65_HS1-834228961_62-HQ-83894_Section_4
Agency: FBI
Page 209
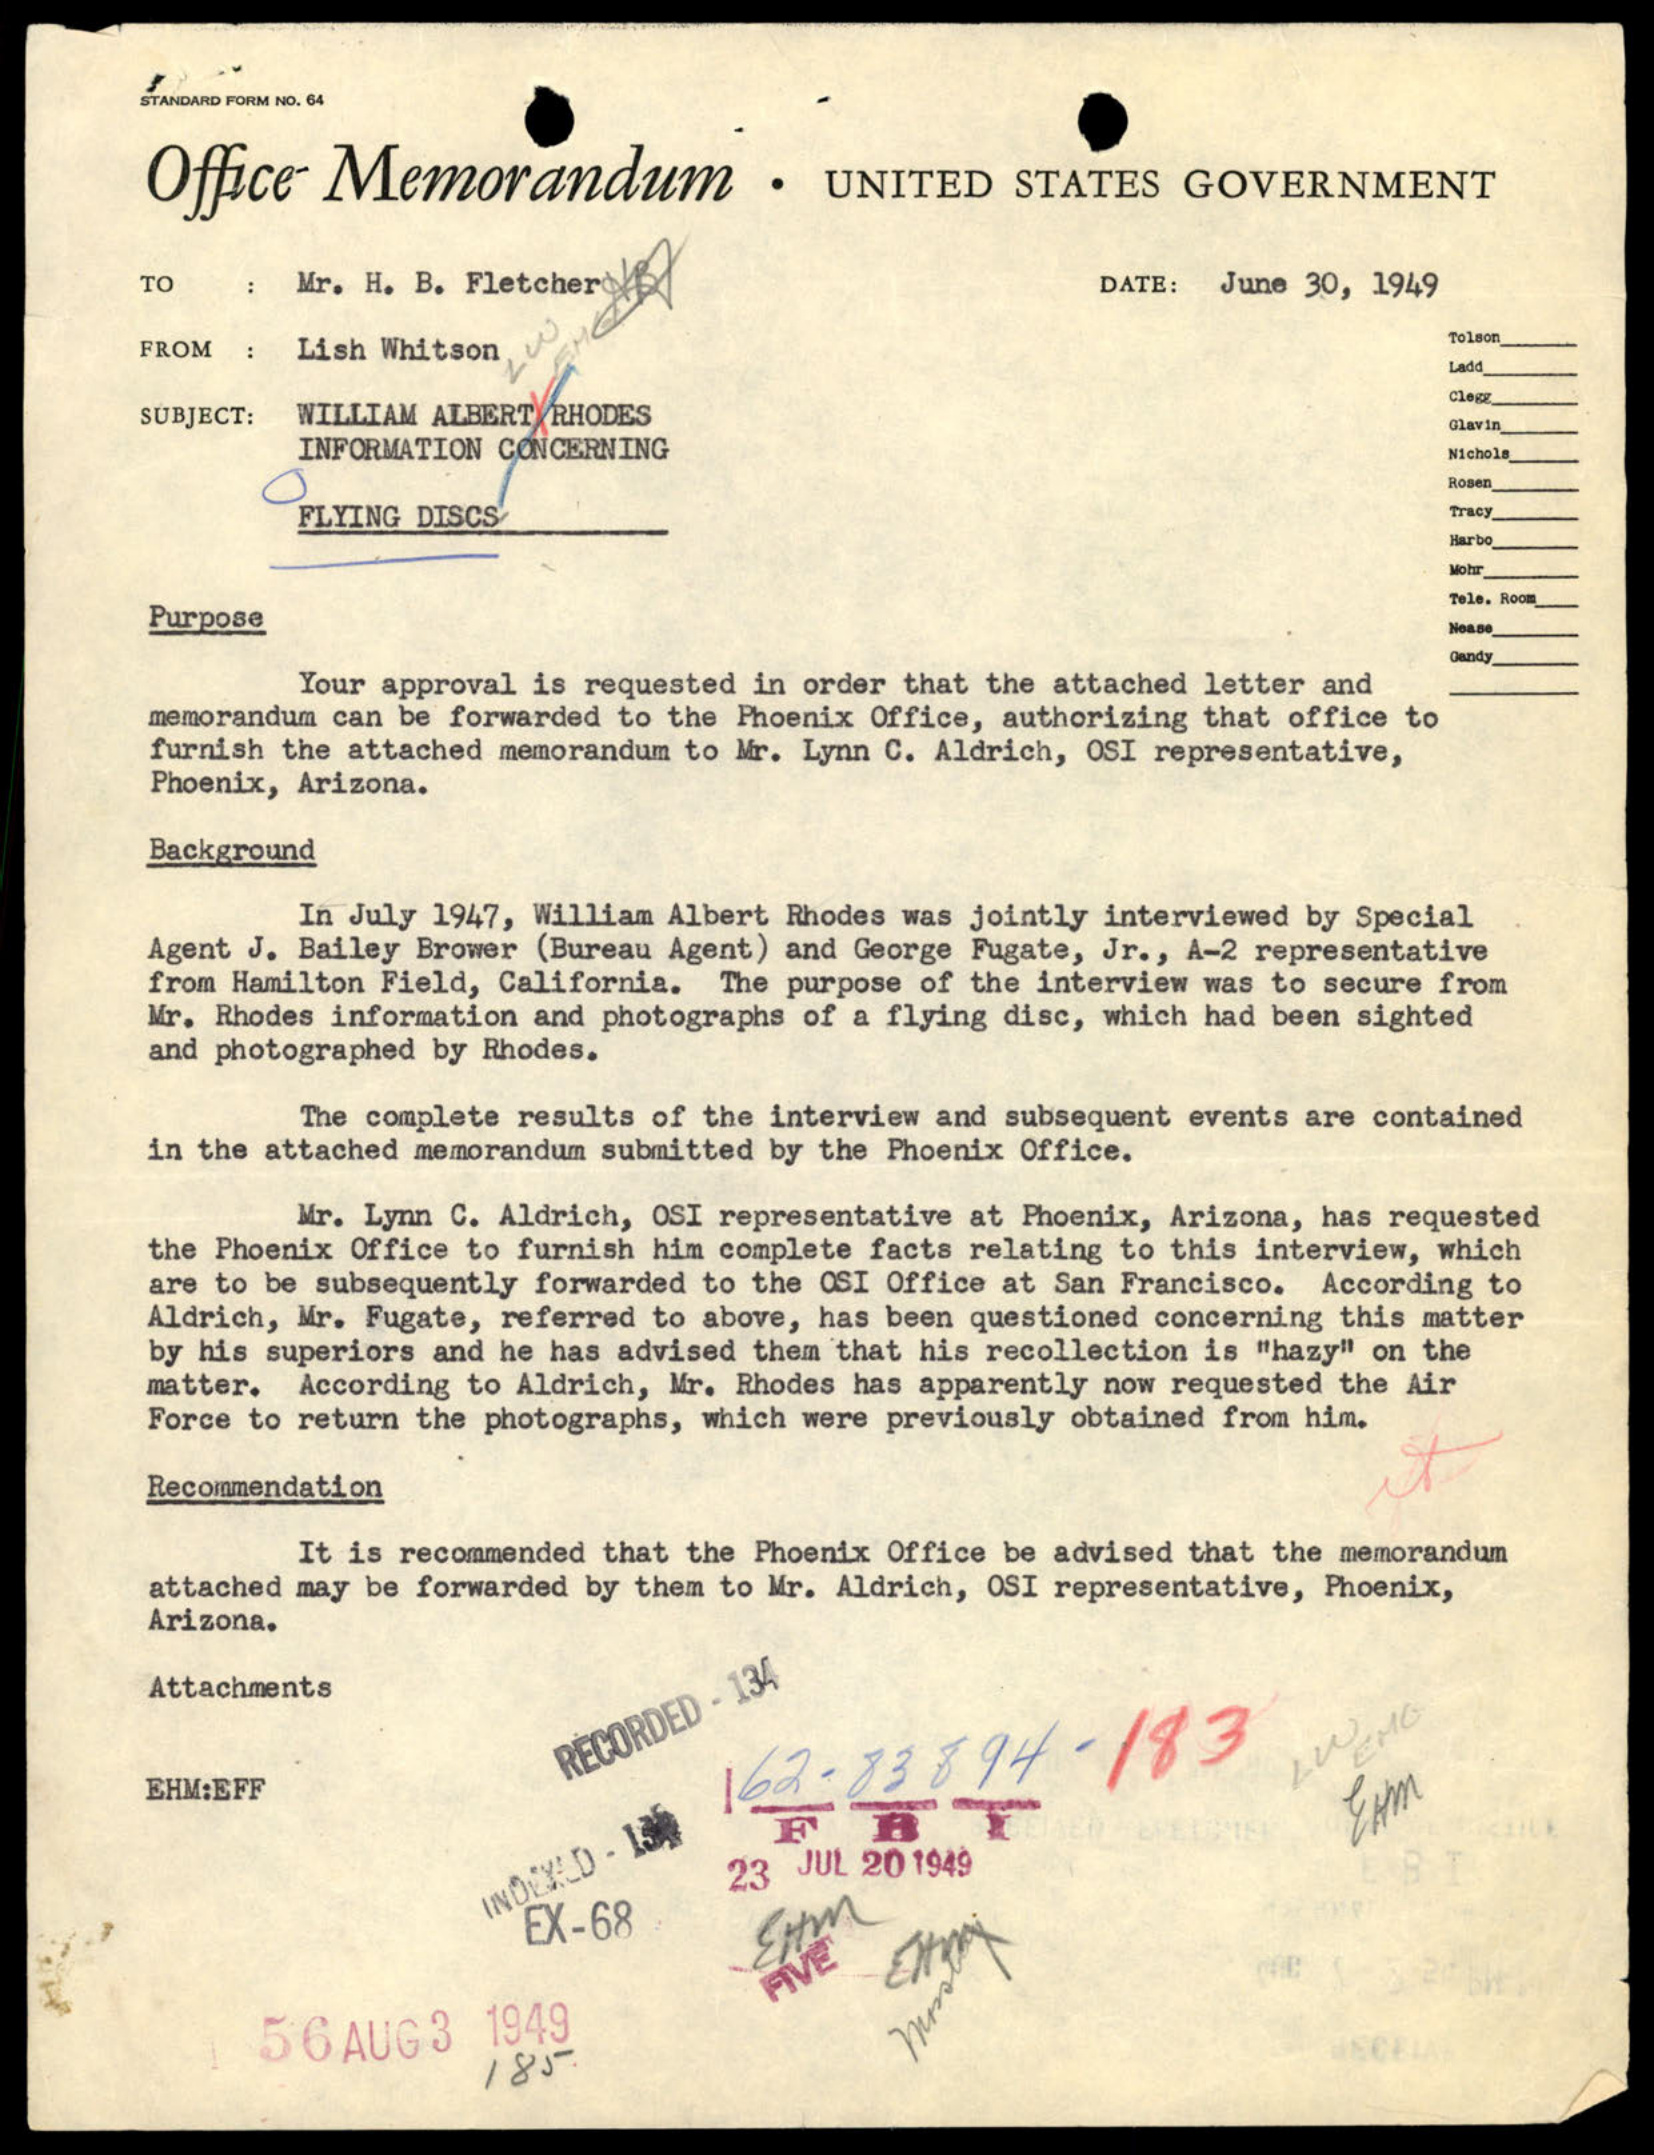